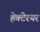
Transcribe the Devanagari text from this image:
हेक्टेरयर